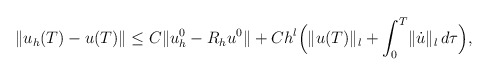
\begin{align*} \|u_h(T)-u(T)\| &\le C\|u_h^0-R_h u^0\| + Ch^l\Big(\|u(T)\|_l +\int_0^T\!\|\dot u\|_l \,d\tau\Big), \end{align*}